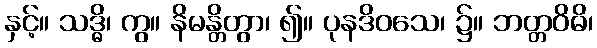
နှင့်။ သဒ္ဓိ၊ ကွ။ နိမန္တိတွာ၊ ၍။ ပုနဒိဝသေ၊ ၌။ ဘတ္တဝိဓိ၊